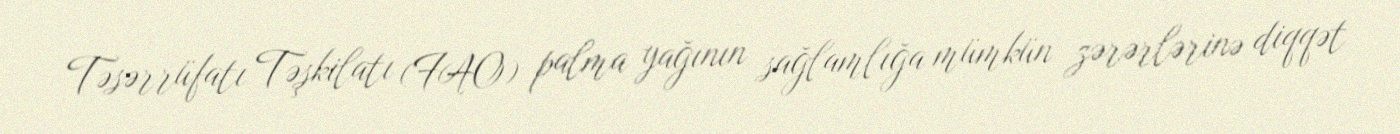
Təsərrüfatı Təşkilatı (FAO) palma yağının sağlamlığa mümkün zərərlərinə diqqət